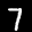
Label: 7